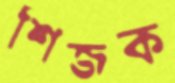
শিজক